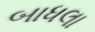
બાધલા